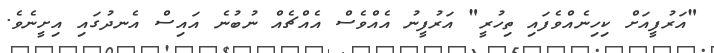
"އަރުފީއަށް ކިހިނެއްވެފައި ތިހުރީ" އަރުފީނު އެއްވެސް އެއްޗެއް ނުބުނެ އައިސް އެނދުގައި އިށީނެވެ.